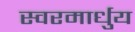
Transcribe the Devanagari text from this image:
स्‍वरमार्धुय